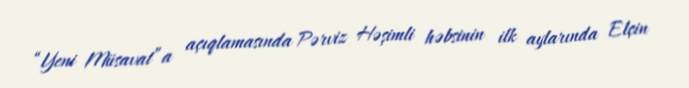
“Yeni Müsavat”a açıqlamasında Pərviz Həşimli həbsinin ilk aylarında Elçin